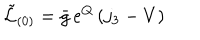
\tilde { \mathcal { L } } _ { ( 0 ) } = \bar { g } \, e ^ { Q } \, ( j _ { 3 } - V ) \,